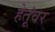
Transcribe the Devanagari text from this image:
हेतूंवर